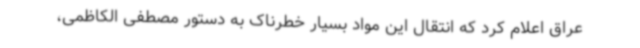
عراق اعلام کرد که انتقال این مواد بسیار خطرناک به دستور مصطفی الکاظمی،